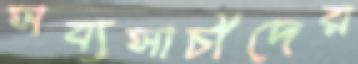
সব্যসাচীদের